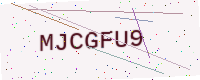
Text: MJCGFU9